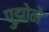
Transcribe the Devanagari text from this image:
पुझोने